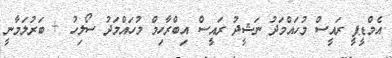
އެމްޑީޕީ ރައީސް މުހައްމަދު ނަޝީދު ރައީސް އިބްރާހިމް މުހައްމަދު ސޯލިހު + ބަރުލަމާނީ